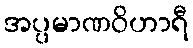
အပ္ပမာဏဝိဟာရီ